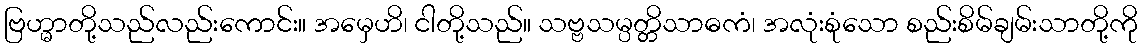
ဗြဟ္မာတို့သည်လည်းကောင်း။ အမှေဟိ၊ ငါတို့သည်။ သဗ္ဗသမ္ပတ္တိသာဓကံ၊ အလုံးစုံသော စည်းစိမ်ချမ်းသာတို့ကို